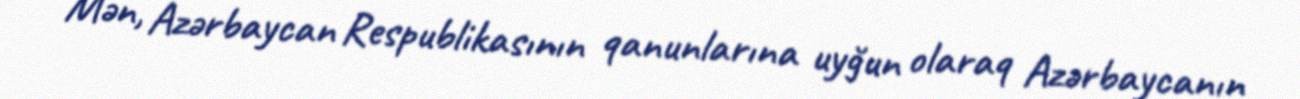
- Mən, Azərbaycan Respublikasının qanunlarına uyğun olaraq Azərbaycanın